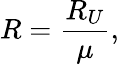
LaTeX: R=\frac{R_{U}}{\mu},